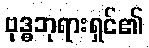
ဗုဒ္ဓဘုရားရှင်၏